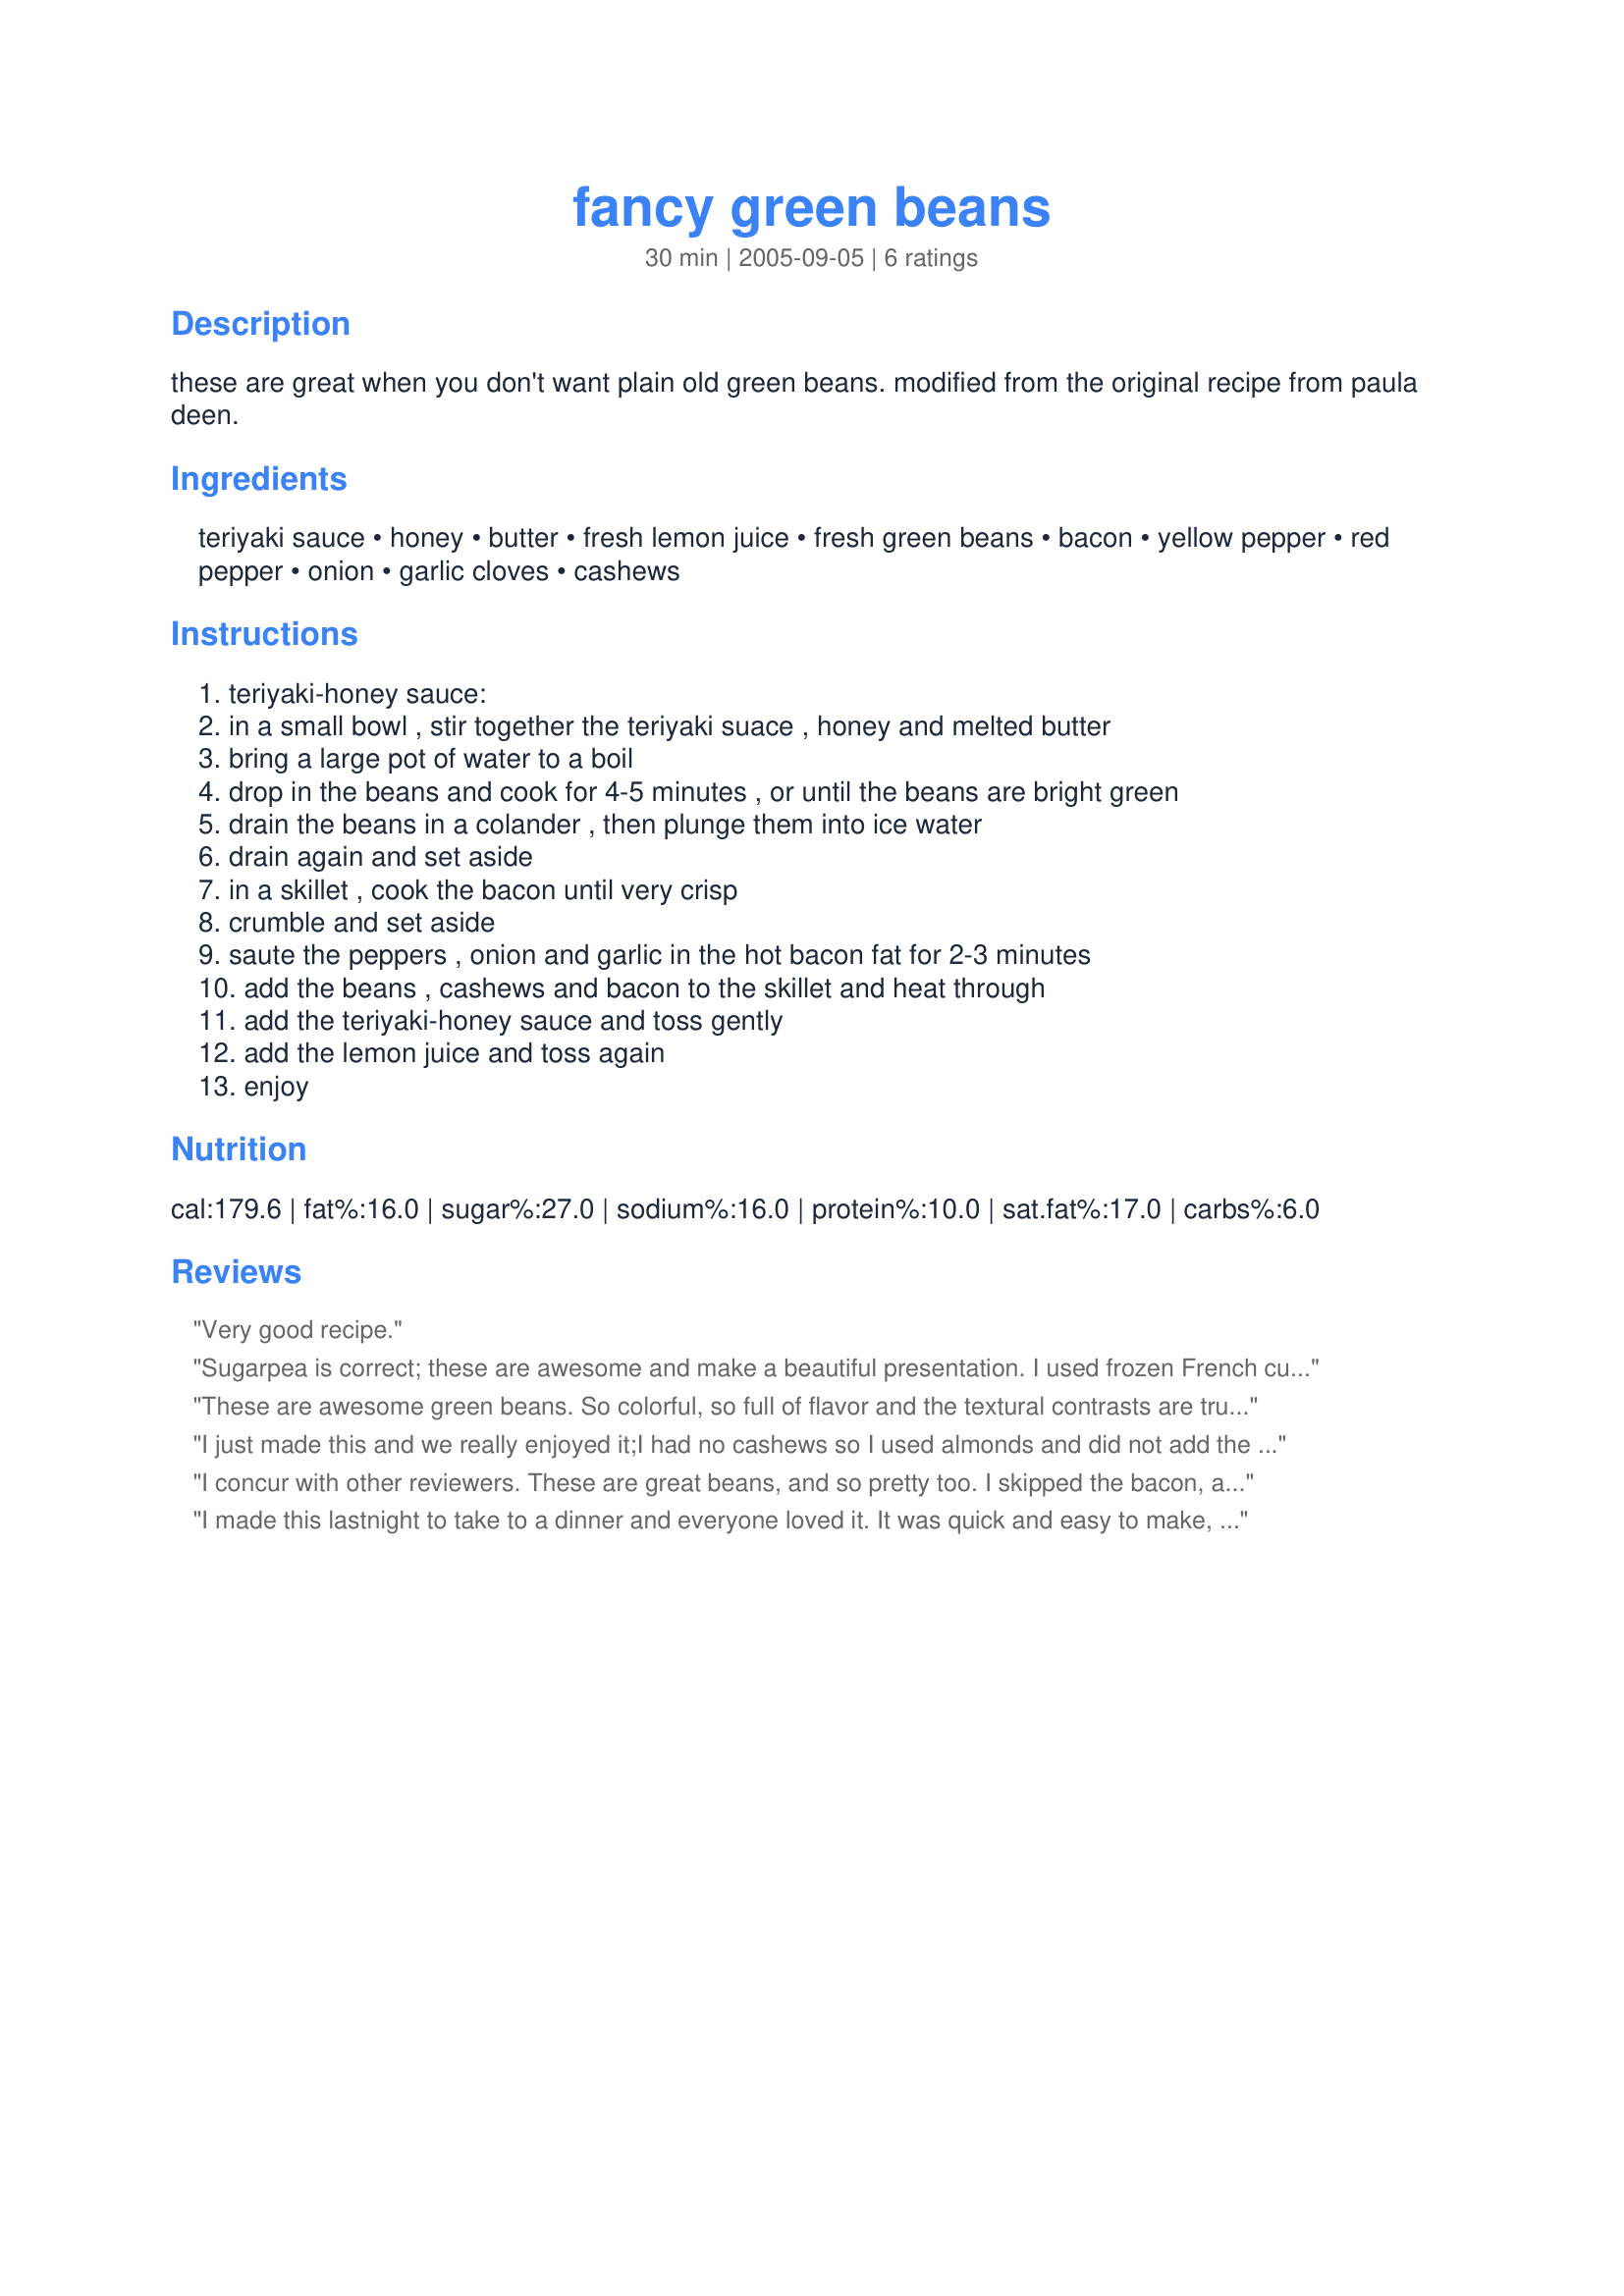
fancy green beans
Preparation time: 30 minutes

these are great when you don't want plain old green beans. modified from the original recipe from paula deen.

Ingredients:
teriyaki sauce, honey, butter, fresh lemon juice, fresh green beans, bacon, yellow pepper, red pepper, onion, garlic cloves, cashews

Steps:
teriyaki-honey sauce:, in a small bowl , stir together the teriyaki suace , honey and melted butter, bring a large pot of water to a boil, drop in the beans and cook for 4-5 minutes , or until the beans are bright green, drain the beans in a colander , then plunge them into ice water, drain again and set aside, in a skillet , cook the bacon until very crisp, crumble and set aside, saute the peppers , onion and garlic in the hot bacon fat for 2-3 minutes, add the beans , cashews and bacon to the skillet and heat through, add the teriyaki-honey sauce and toss gently, add the lemon juice and toss again, enjoy

Reviews:
Very good recipe.
Sugarpea is correct; these are awesome and make a beautiful presentation. I used frozen French cut beans. I chopped the bacon and then cooked it until crisp, drained the bacon fat off and cooked the onions, peppers and garlic in the pan. The pan was seasoned enough to cook the onions and peppers providing a nice flavor without added fat.
These are awesome green beans. So colorful, so full of flavor and the textural contrasts are truly outstanding. I skipped the bacon and didn't miss it at all. The honey/teriyaki/lemon juice combination probably has lots of uses - it certainly is good.
I just made this and we really enjoyed it;I had no cashews so I used almonds and did not add the bacon. I will be making this one again,Thanks for sharing.
I concur with other reviewers. These are great beans, and so pretty too. I skipped the bacon, and used regular frozen cut green beans. Wonderful!!
I made this lastnight to take to a dinner and everyone loved it. It was quick and easy to make, and tasted wonderful. I didn't have any bacon on hand, but I will definitely try it next time. Thanks for the great recipe.
